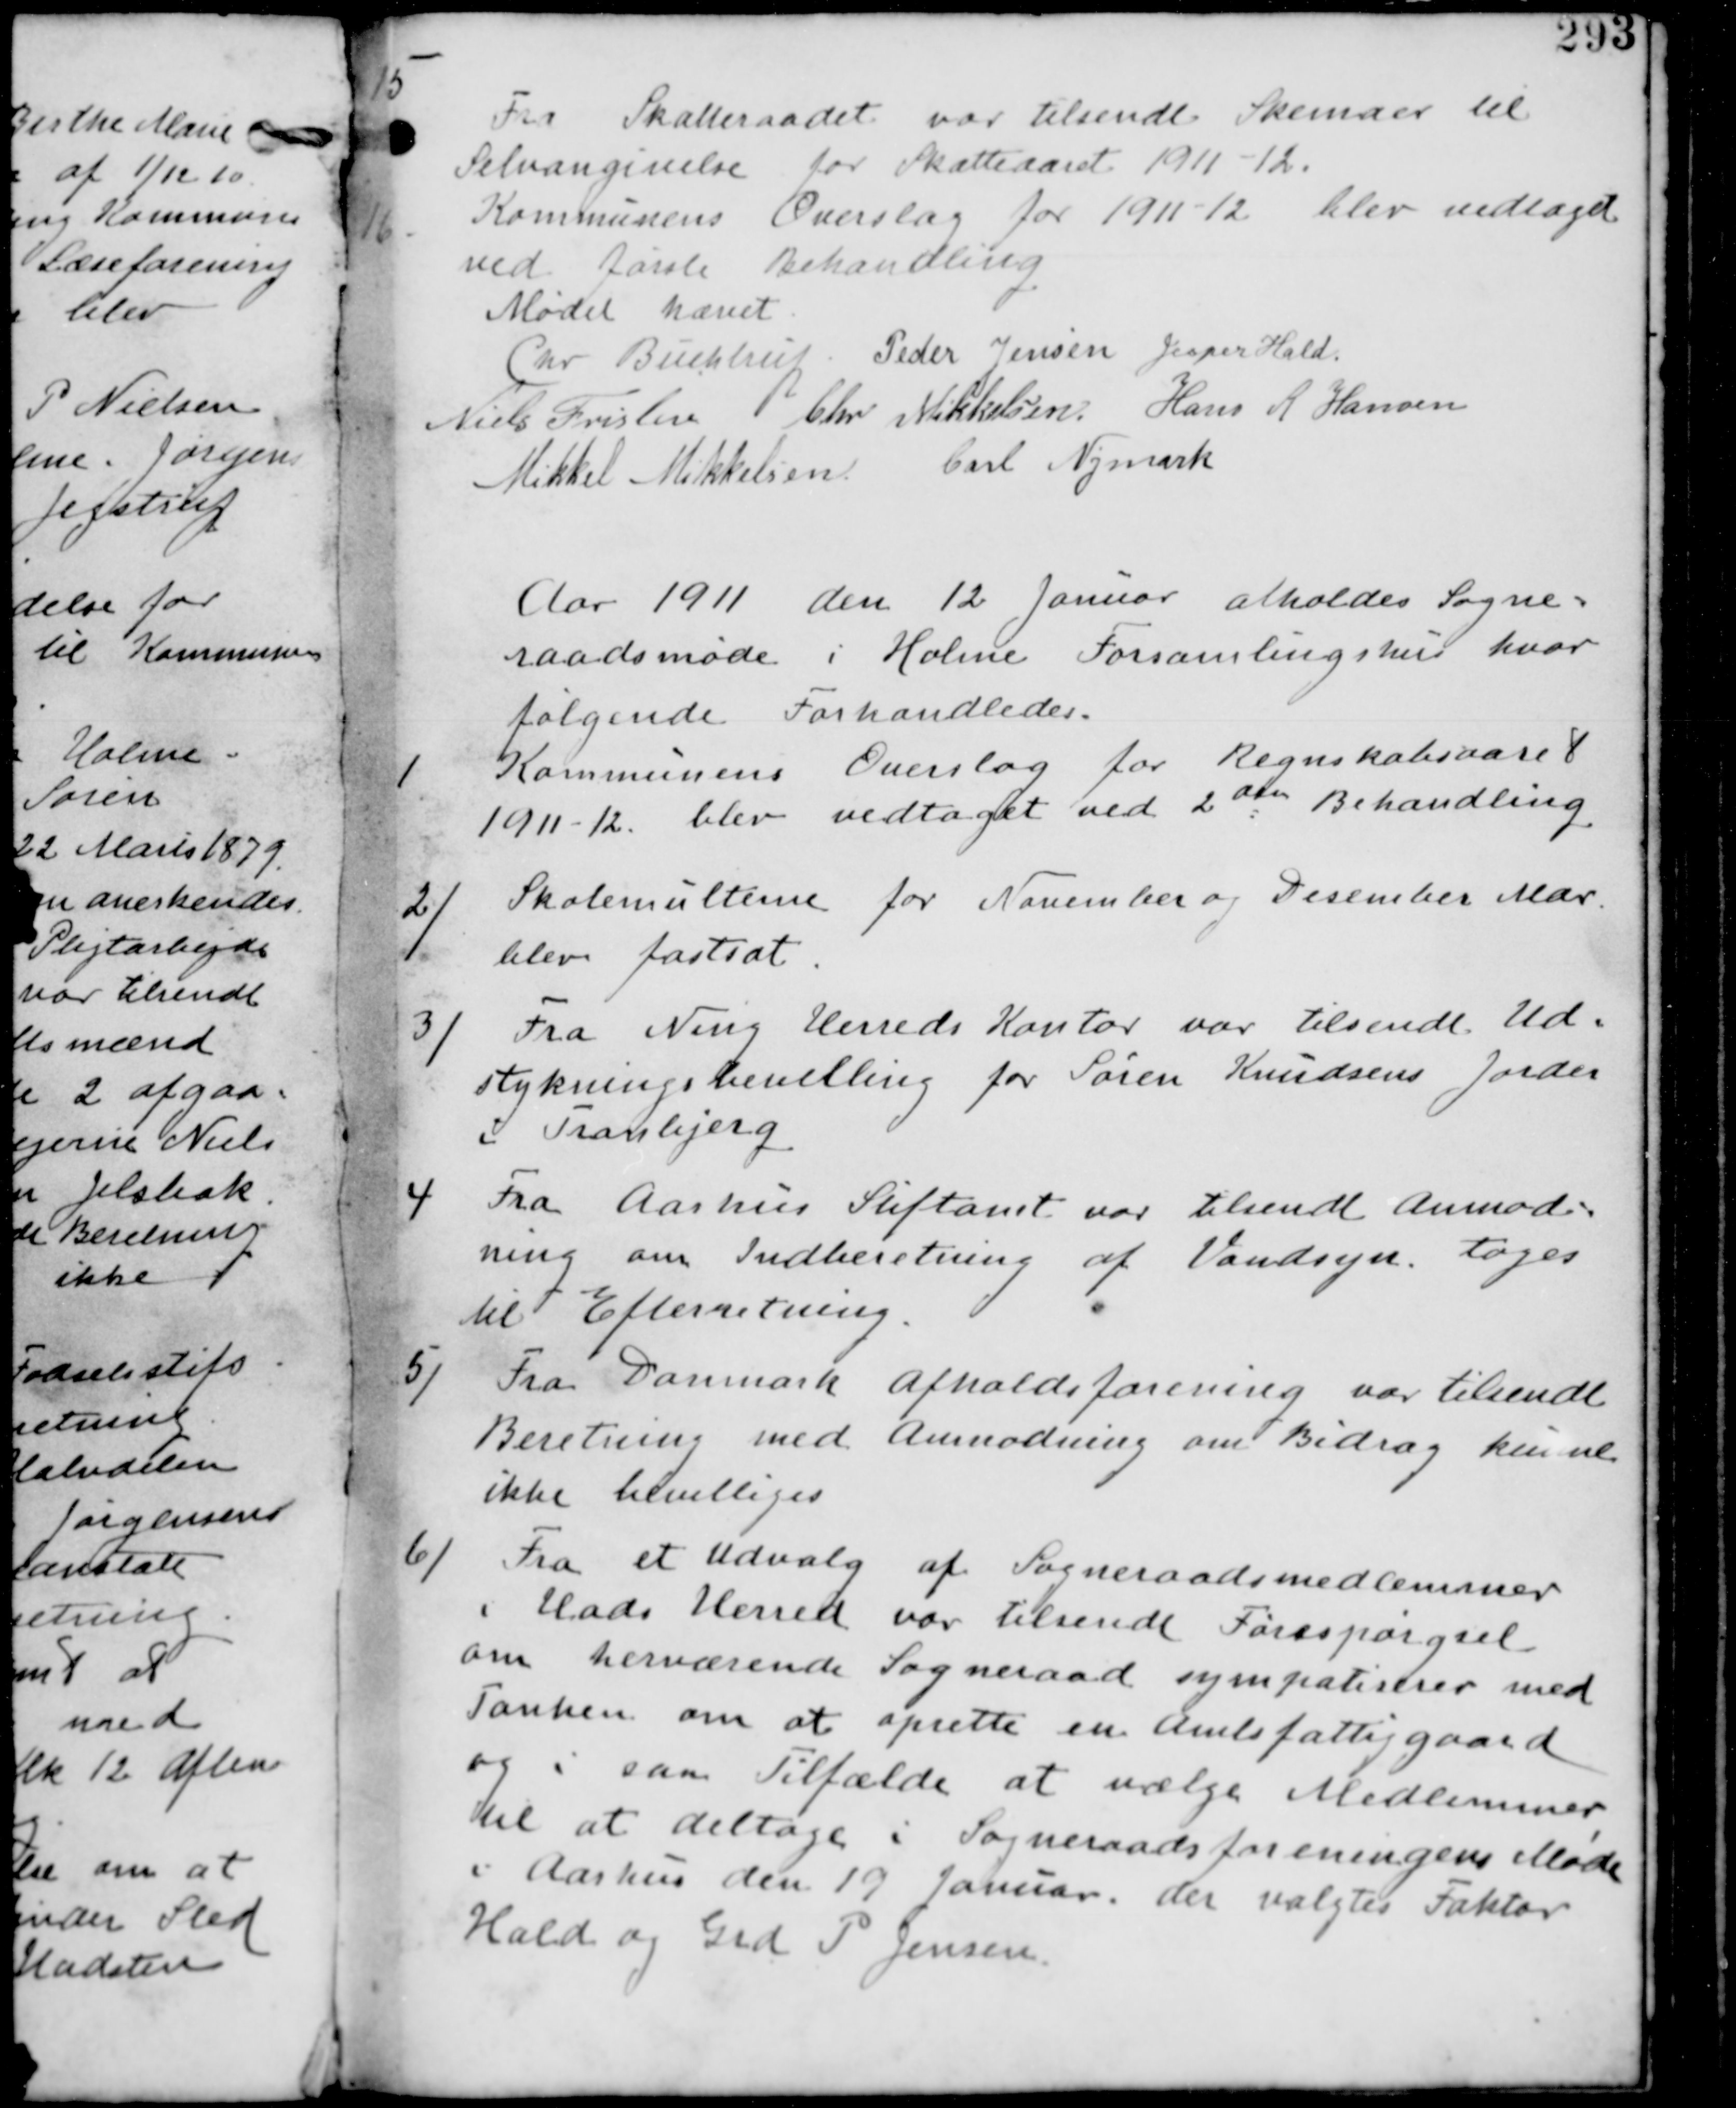
Transskription:
15
Fra Skatteraadet var tilsendt Skemaer til
Selvangivelse for Skatteaaret 1911-12.

16.
Kommunens Overslag for 1911-12 blev vedtaget
ved første Behandling.

Mødet hævet
Chr Buchtrup Peder Jensen Jesper Hald
Niels Frislev Chr Mikkelsen Hans R Hansen
Mikkel Mikkelsen Chr Nymark

Aar 1911 den 12 Januar afholdes Sogne-
raadsmøde i Holme Forsamlingshus hvor
følgende Forhandledes.

1
Kommunens Overslag for Regnskabsaaret
1911-12 blev vedtaget ved 2den Behandling

2/
Skolemulterne for November og December Mdr
blev fastsat.

3/
Fra Ning Herreds Kontor var tilsendt Ud-
stykningsbevilling for Søren Knudsens Jorder
i Tranbjerg

4
Fra Aarhus Stiftamt var tilsendt anmod-
ning om Indberetning af Vandsyn. tages
til Efterretning.

5/
Fra Danmark Afholdsforening var tilsendt
Beretning med anmodning om Bidrag kunne
ikke bevilliges.

6/ Fra et Udvalg af Sogneraadsmedlemmer
i Hads Herred var tilsendt Forespørgsel
om herværende Sogneraad sympatiserer med
Tanken om at oprette en Amtsfattiggaard
og i saa Tilfælde at vælge Medlemmer
til at deltage i Sogneraadsforeningens Møde
i Aarhus den 19 Januar. der valgtes Faktor
Hald og Grd P Jensen.